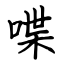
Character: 喋